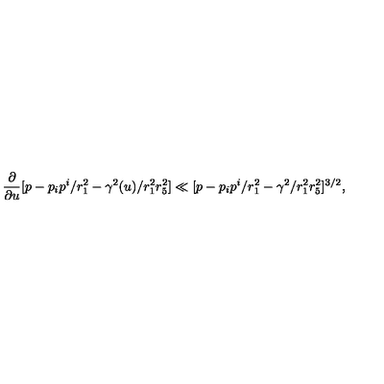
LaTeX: { \frac { \partial } { \partial u } } [ p - p _ { i } p ^ { i } / r _ { 1 } ^ { 2 } - \gamma ^ { 2 } ( u ) / r _ { 1 } ^ { 2 } r _ { 5 } ^ { 2 } ] \ll [ p - p _ { i } p ^ { i } / r _ { 1 } ^ { 2 } - \gamma ^ { 2 } / r _ { 1 } ^ { 2 } r _ { 5 } ^ { 2 } ] ^ { 3 / 2 } ,